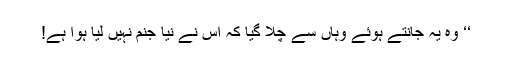
‘‘ وہ یہ جانتے ہوئے وہاں سے چلا گیا کہ اُس نے نیا جنم نہیں لیا ہوا ہے!